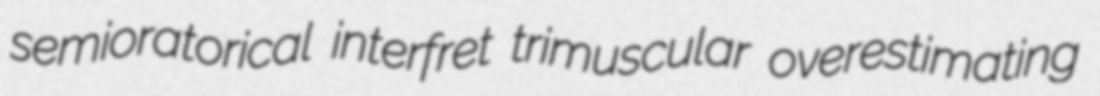
semioratorical interfret trimuscular overestimating